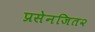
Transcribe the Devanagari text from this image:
प्रसेनजित२